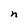
Character: n